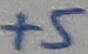
Text: +5